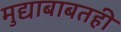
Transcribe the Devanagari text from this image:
मुद्याबाबतही